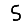
Digit: 5